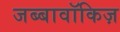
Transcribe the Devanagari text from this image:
जब्बावॉकिज़